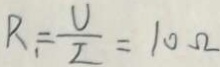
R _ { 1 } = \frac { U } { I } = 1 0 \Omega